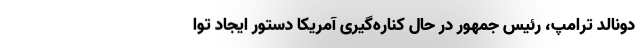
دونالد ترامپ، رئیس جمهور در حال کناره‌گیری آمریکا دستور ایجاد توا